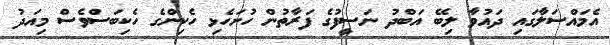
އެމައްސަލާގައި ދައުވާ ލިބޭ އަބްދު ނަސީފުގެ ފަރާތުން ހުށަހެޅި ހެކިންގެ ހެކިބަސްވެސް މިއަދު